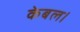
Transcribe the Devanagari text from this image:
केबल।